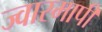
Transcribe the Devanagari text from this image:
ज्वारमापी